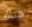
هناك